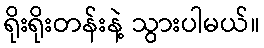
ရိုးရိုးတန်းနဲ့ သွားပါမယ်။